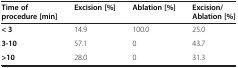
<table><thead><tr><td><b>Time of procedure [min]</b></td><td><b>Excision [%]</b></td><td><b>Ablation [%]</b></td><td><b>Excision/Ablation [%]</b></td></tr></thead><tbody><tr><td><b>&lt; 3</b></td><td>14.9</td><td>100.0</td><td>25.0</td></tr><tr><td><b>3-10</b></td><td>57.1</td><td>0</td><td>43.7</td></tr><tr><td><b>&gt;10</b></td><td>28.0</td><td>0</td><td>31.3</td></tr></tbody></table>